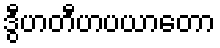
ဒွီဟတီဟပယာတော